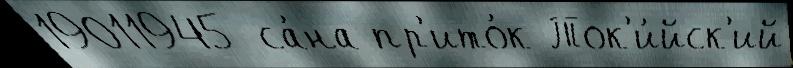
19011945 са́на пр'ито́к Ток'и́йск'ий